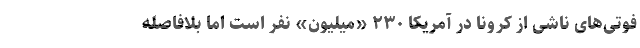
فوتی‌های ناشی از کرونا در آمریکا ۲۳۰ «میلیون» نفر است اما بلافاصله